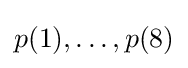
p(1),\dots ,p(8)